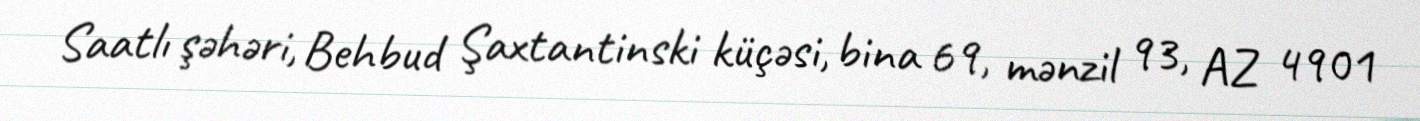
Saatlı şəhəri, Behbud Şaxtantinski küçəsi, bina 69, mənzil 93, AZ 4901